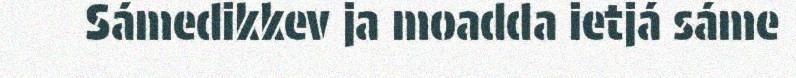
Sámedikkev ja moadda ietjá sáme